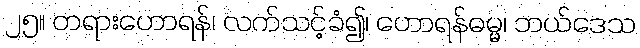
၂၅။ တရားဟောရန်၊ လက်သင့်ခံ၍၊ ဟောရန်ဓမ္မ၊ ဘယ်ဒေသ